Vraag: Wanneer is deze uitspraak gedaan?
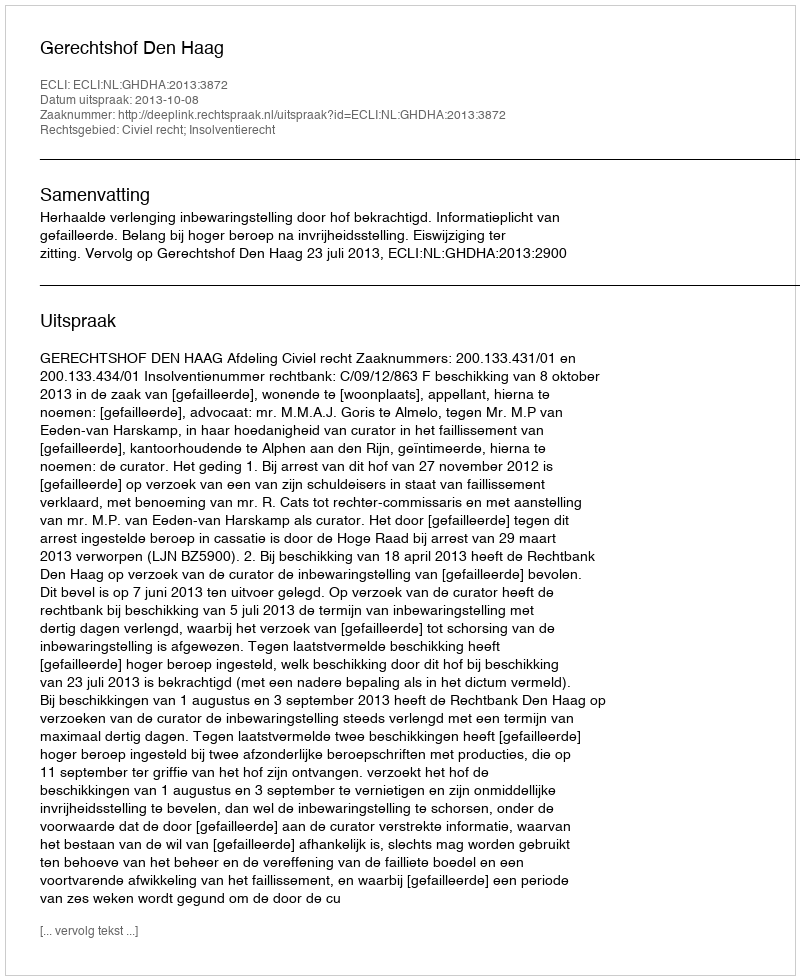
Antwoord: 2013-10-08